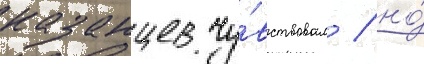
казанцев чу́вствовал / но́